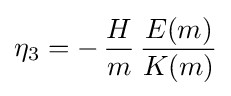
\eta _{3}=-\,{\frac {H}{m}}\,{\frac {E(m)}{K(m)}}